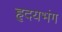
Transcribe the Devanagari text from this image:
हृदयभंग